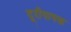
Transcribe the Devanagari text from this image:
दूरीपापक